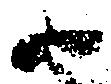
尉